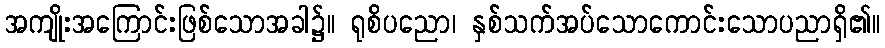
အကျိုးအကြောင်းဖြစ်သောအခါ၌။ ရုစိပညော၊ နှစ်သက်အပ်သောကောင်းသောပညာရှိ၏။